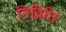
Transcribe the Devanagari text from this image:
निव्रित्ति